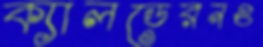
ক্যালডেরনও